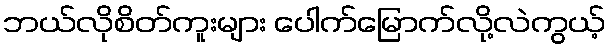
ဘယ်လိုစိတ်ကူးများ ပေါက်မြောက်လို့လဲကွယ့်